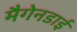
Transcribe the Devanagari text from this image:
मैगेनडाई